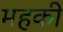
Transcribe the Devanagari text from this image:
महकी